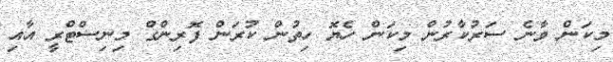
މިކަން ވާނެ ސަރުކާރުން މިކަން ހެޔޮ ހިތުން ކުރަން ފޮރިންގް މިނިސްޓްރީ އާއި